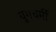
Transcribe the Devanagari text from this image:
युगधर्मी